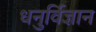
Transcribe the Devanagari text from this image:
धनुर्विज्ञान